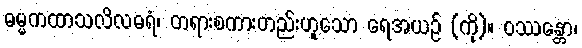
ဓမ္မကထာသလိလဓရံ၊ တရားစကားတည်းဟူသော ရေအယဉ် (ကို)။ ဝဿန္တော၊